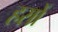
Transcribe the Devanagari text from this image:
हसों